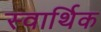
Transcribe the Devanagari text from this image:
स्वार्थिक